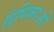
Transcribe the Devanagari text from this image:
द्विपिकाओं